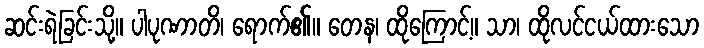
ဆင်းရဲခြင်းသို့။ ပါပုဏာတိ၊ ရောက်၏။ တေန၊ ထိုကြောင့်။ သာ၊ ထိုလင်ငယ်ထားသော